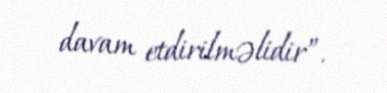
davam etdirilməlidir”.